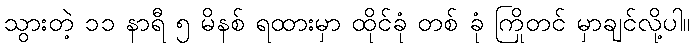
သွားတဲ့ ၁၁ နာရီ ၅ မိနစ် ရထားမှာ ထိုင်ခုံ တစ် ခုံ ကြိုတင် မှာချင်လို့ပါ။